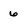
Character: 6